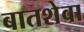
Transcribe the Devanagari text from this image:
बातशेवा